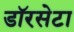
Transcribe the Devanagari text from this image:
डॉरसेटा